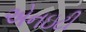
એનઇટી